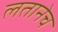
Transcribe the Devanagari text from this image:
लतानेच